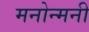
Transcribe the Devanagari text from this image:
मनोन्मनी